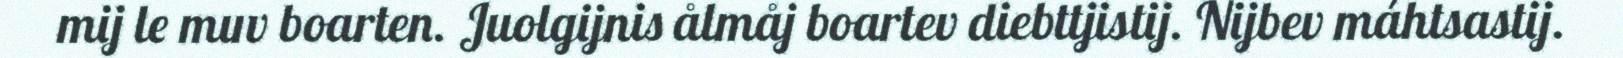
mij le muv boarten. Juolgijnis ålmåj boartev diebttjistij. Nijbev máhtsastij.